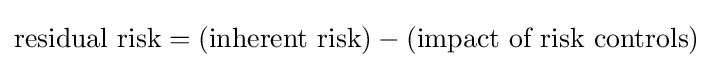
{\text{residual risk}}=({\text{inherent risk}})-({\text{impact of risk controls}})